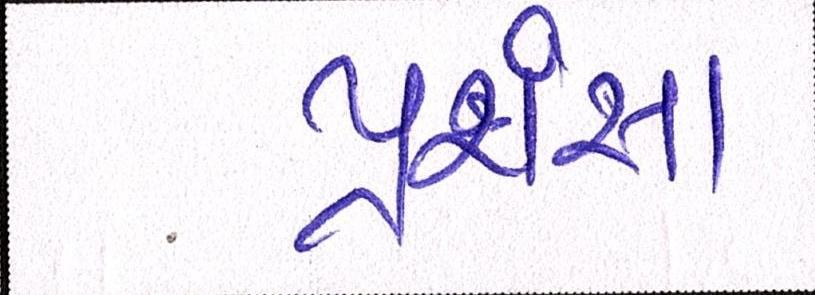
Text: પ્રશંસા